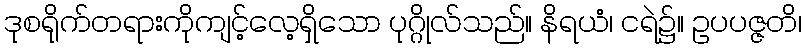
ဒုစရိုက်တရားကိုကျင့်လေ့ရှိသော ပုဂ္ဂိုလ်သည်။ နိရယံ၊ ငရဲ၌။ ဥပပဇ္ဇတိ၊